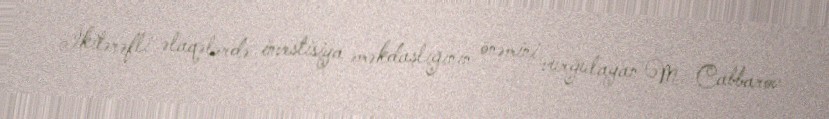
İkitərəfli əlaqələrdə investisiya əməkdaşlığının önəmini vurğulayan M. Cabbarov